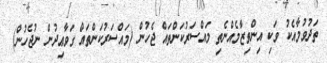
ތަދުވުމާއެކު ވަކި އިންތިޒާމެއްނެތި މައްސަރުކަންތައް ޖެހުން (މައްސަރުކަންތައް ގަވާޢިދުން ނުޖެހުން)